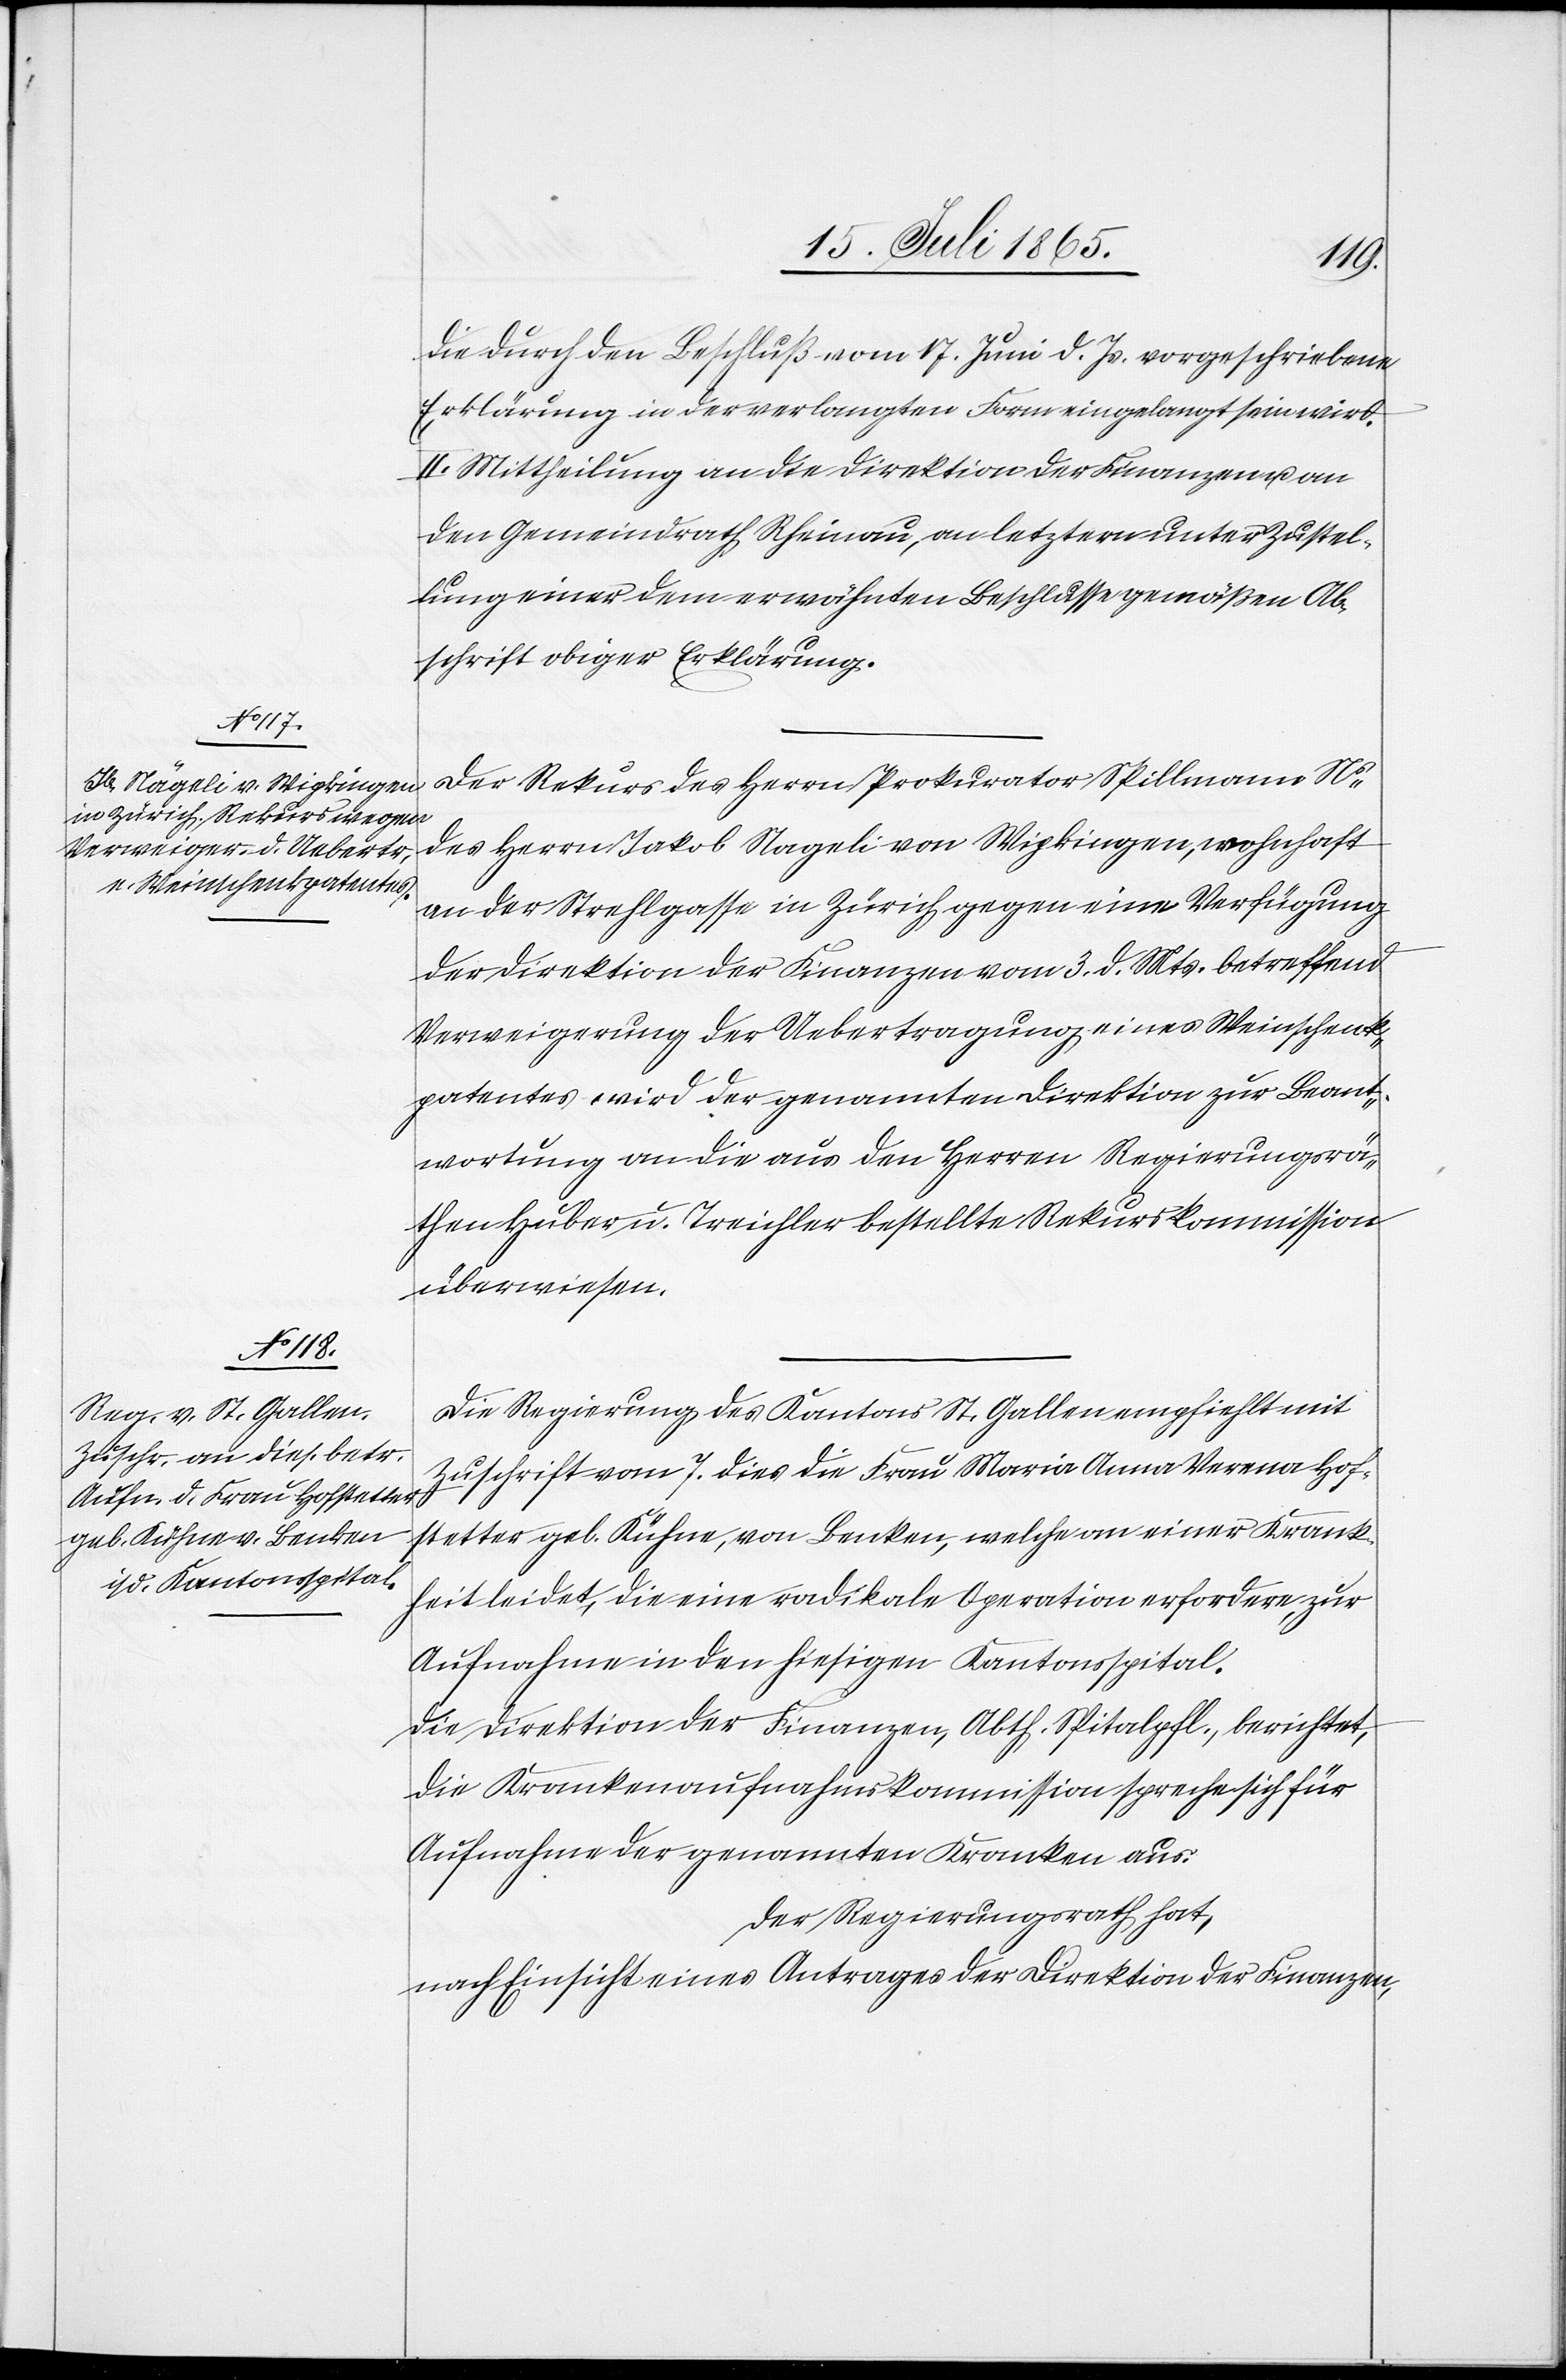
die durch den Beschluß vom 17. Juni d. Js. vorgeschriebene
Erklärung in der verlangten Form eingelangt sein wird.
II. Mittheilung an die Direktion der Finanzen u. an
den Gemeindrath Rheinau, an letztern unter Zustel¬
lung einer dem erwähnten Beschlusse gemäßen Ab¬
schrift obiger Erklärung.
Der Rekurs des Herrn Prokurator Spillmann Ns
des Herrn Jakob Nageli [sic!] von Wipkingen, wohnhaft
an der Strehlgasse in Zürich gegen eine Verfügung
der Direktion der Finanzen vom 3. d. Mts. betreffend
Verweigerung der Uebertragung eines Weinschenk¬
patentes wird der genannten Direktion zur Beant¬
wortung an die aus den Herren Regierungsrä¬
then Huber u. Treichler bestellte Rekurskommission
überwiesen.
Die Regierung des Kantons St. Gallen empfiehlt mit
Zuschrift vom 7. dies die Frau Maria Anna Verena Hof¬
stetter geb. Kühne, von Benken, welche an einer Krank¬
heit leidet, die eine radikale Operation erfordere, zur
Aufnahme in den hiesigen Kantonsspital.
Die Direktion der Finanzen, Abth. Spitalpflege, berichtet,
die Krankenaufnahmskommission spreche sich für
Aufnahme der genannten Kranken aus.
Der Regierungsrath hat,
nach Einsicht eines Antrages der Direktion der Finanzen,